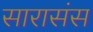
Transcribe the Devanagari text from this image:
सारासंस